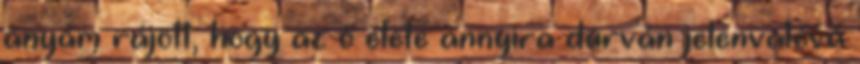
anyám rájött, hogy az ő élete annyira durván jelenvalóvá